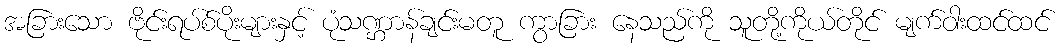
အခြားသော ဗိုင်းရပ်စ်ပိုးများနှင့် ပုံသဏ္ဌာန်ချင်းမတူ ကွာခြား နေသည်ကို သူတို့ကိုယ်တိုင် မျက်ဝါးထင်ထင်